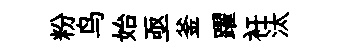
粉鸟始亟釜躍衽汰